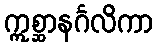
ဣစ္ဆာနင်္ဂလိကာ